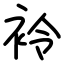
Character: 袊